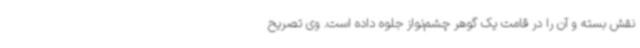
نقش بسته و آن را در قامت یک گوهر چشم‌نواز جلوه داده است. وی تصریح